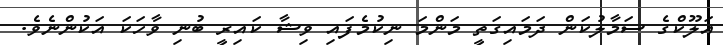
އަލޫކްގެ ސަމާލުކަން ދަމައިގަތީ މަންމަ ނިކުމެފައި ވިޝާ ކައިރީ ބުނި ވާހަކަ އަކުންނެވެ.